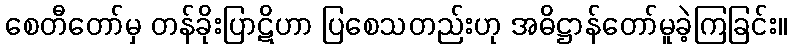
စေတီတော်မှ တန်ခိုးပြာဋိဟာ ပြစေသတည်းဟု အဓိဋ္ဌာန်တော်မူခဲ့ကြခြင်း။